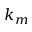
k _ { m }